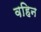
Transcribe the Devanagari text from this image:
वहिन